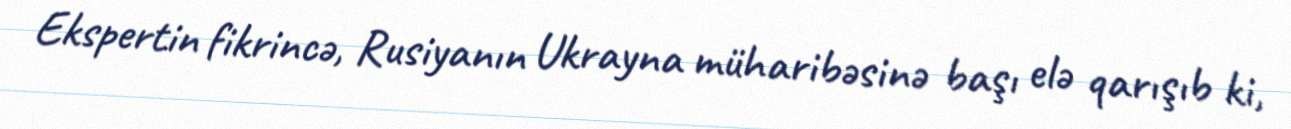
Ekspertin fikrincə, Rusiyanın Ukrayna müharibəsinə başı elə qarışıb ki,